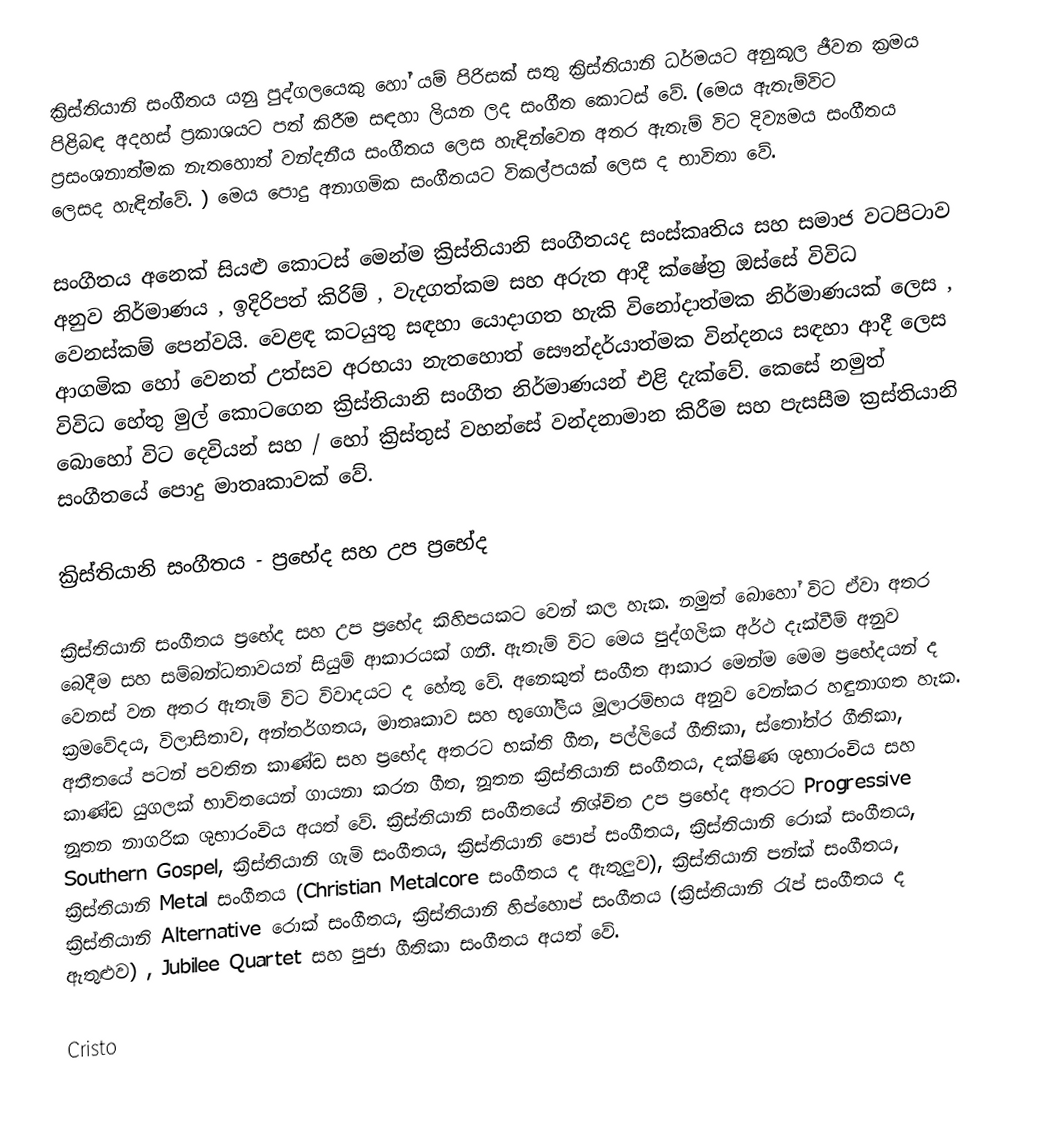
ක්‍රිස්තියානි සංගීතය යනු පුද්ගලයෙකු හෝ යම් පිරිසක් සතු ක්‍රිස්තියානි ධර්මයට අනුකූල ජීවන ක්‍රමය පිළිබඳ අදහස් ප්‍රකාශයට පත් කිරීම සඳහා ලියන ලද සංගීත කොටස් වේ. (මෙය ඇතැම්විට ප්‍රසංශනාත්මක නැතහොත් වන්දනීය සංගීතය ලෙස හැඳින්වෙන අතර ඇතැම් විට දිව්‍යමය සංගීතය ලෙසද හැඳින්වේ. ) මෙය පොදු අනාගමික සංගීතයට විකල්පයක් ලෙස ද භාවිතා වේ.

සංගීතය අනෙක් සියළු කොටස් මෙන්ම ක්‍රිස්තියානි සංගීතයද සංස්කෘතිය සහ සමාජ වටපිටාව අනුව නිර්මාණය , ඉදිරිපත් කිරිම් , වැදගත්කම සහ අරුත ආදී ක්ෂේත්‍ර ඔස්සේ විවිධ වෙනස්කම් පෙන්වයි. වෙළඳ කටයුතු සඳහා යොදාගත හැකි විනෝදාත්මක නිර්මාණයක් ලෙස , ආගමික හෝ වෙනත් උත්සව අරභයා නැතහොත් සෞන්දර්යාත්මක වින්දනය සඳහා ආදී ලෙස විවිධ හේතු මුල් කොටගෙන ක්‍රිස්තියානි සංගීත නිර්මාණයන් එළි දැක්වේ. කෙසේ නමුත් බොහෝ විට දෙවියන් සහ / හෝ ක්‍රිස්තුස් වහන්සේ වන්දනාමාන කිරීම සහ පැසසීම ක්‍රස්තියානි සංගීතයේ පොදු මාතෘකාවක් වේ.

ක්‍රිස්තියානි සංගීතය - ප්‍රභේද සහ උප ‍ප්‍රභේද

ක්‍රිස්තියානි සංගීතය ප්‍රභේද සහ උප ප්‍රභේද කිහිපයකට වෙන් කල හැක. නමුත් බොහෝ විට ඒවා අතර බෙදීම සහ සම්බන්ධතාවයන් සියුම් ආකාරයක් ගනී. ඇතැම් විට මෙය පුද්ගලික අර්ථ දැක්වීම් අනුව වෙනස් වන අතර ඇතැම් විට විවාදයට ‍ද හේතු වේ. අනෙකුත් සංගීත ආකාර මෙන්ම මෙම ප්‍රභේදයන් ද ක්‍රමවේදය, විලාසිතාව, අන්තර්ගතය, මාතෘකාව සහ භූ‍ගෝලීය මූලාරම්භය අනුව වෙන්කර හඳුනාගත හැක. අතීතයේ පටන් පවතින කාණ්ඩ සහ ප්‍රභේද අතරට භක්ති ගීත, පල්ලියේ ගීතිකා, ස්තෝත්ර  ගීතිකා, කාණ්ඩ යුගලක් භාවිතයෙන් ගායනා කරන ගීත, නූතන ක්‍රිස්තියානි සංගීතය, දක්ෂිණ ශුභාරංචිය සහ නූතන නාගරික ශුභාරංචිය අයත් වේ. ක්‍රිස්තියානි සංගීතයේ නිශ්චිත උප ප්‍රභේද අතරට Progressive Southern Gospel, ක්‍රිස්තියානි ගැමි සංගීතය, ක්‍රිස්තියානි පොප් සංගීතය, ක්‍රිස්තියානි රොක් සංගීතය, ක්‍රිස්තියානි Metal සංගීතය (Christian Metalcore සංගීතය ද ඇතුලුව), ක්‍රිස්තියානි පන්ක් සංගීතය, ක්‍රිස්තියානි Alternative රොක් සංගීතය, ක්‍රිස්තියානි හිප්හොප් සංගීතය (ක්‍රිස්තියානි රැප් සංගීතය ද ඇතුළුව) , Jubilee Quartet සහ පුජා ගීතිකා සංගීතය අයත් වේ.

Cristo